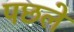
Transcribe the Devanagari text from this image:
पछले